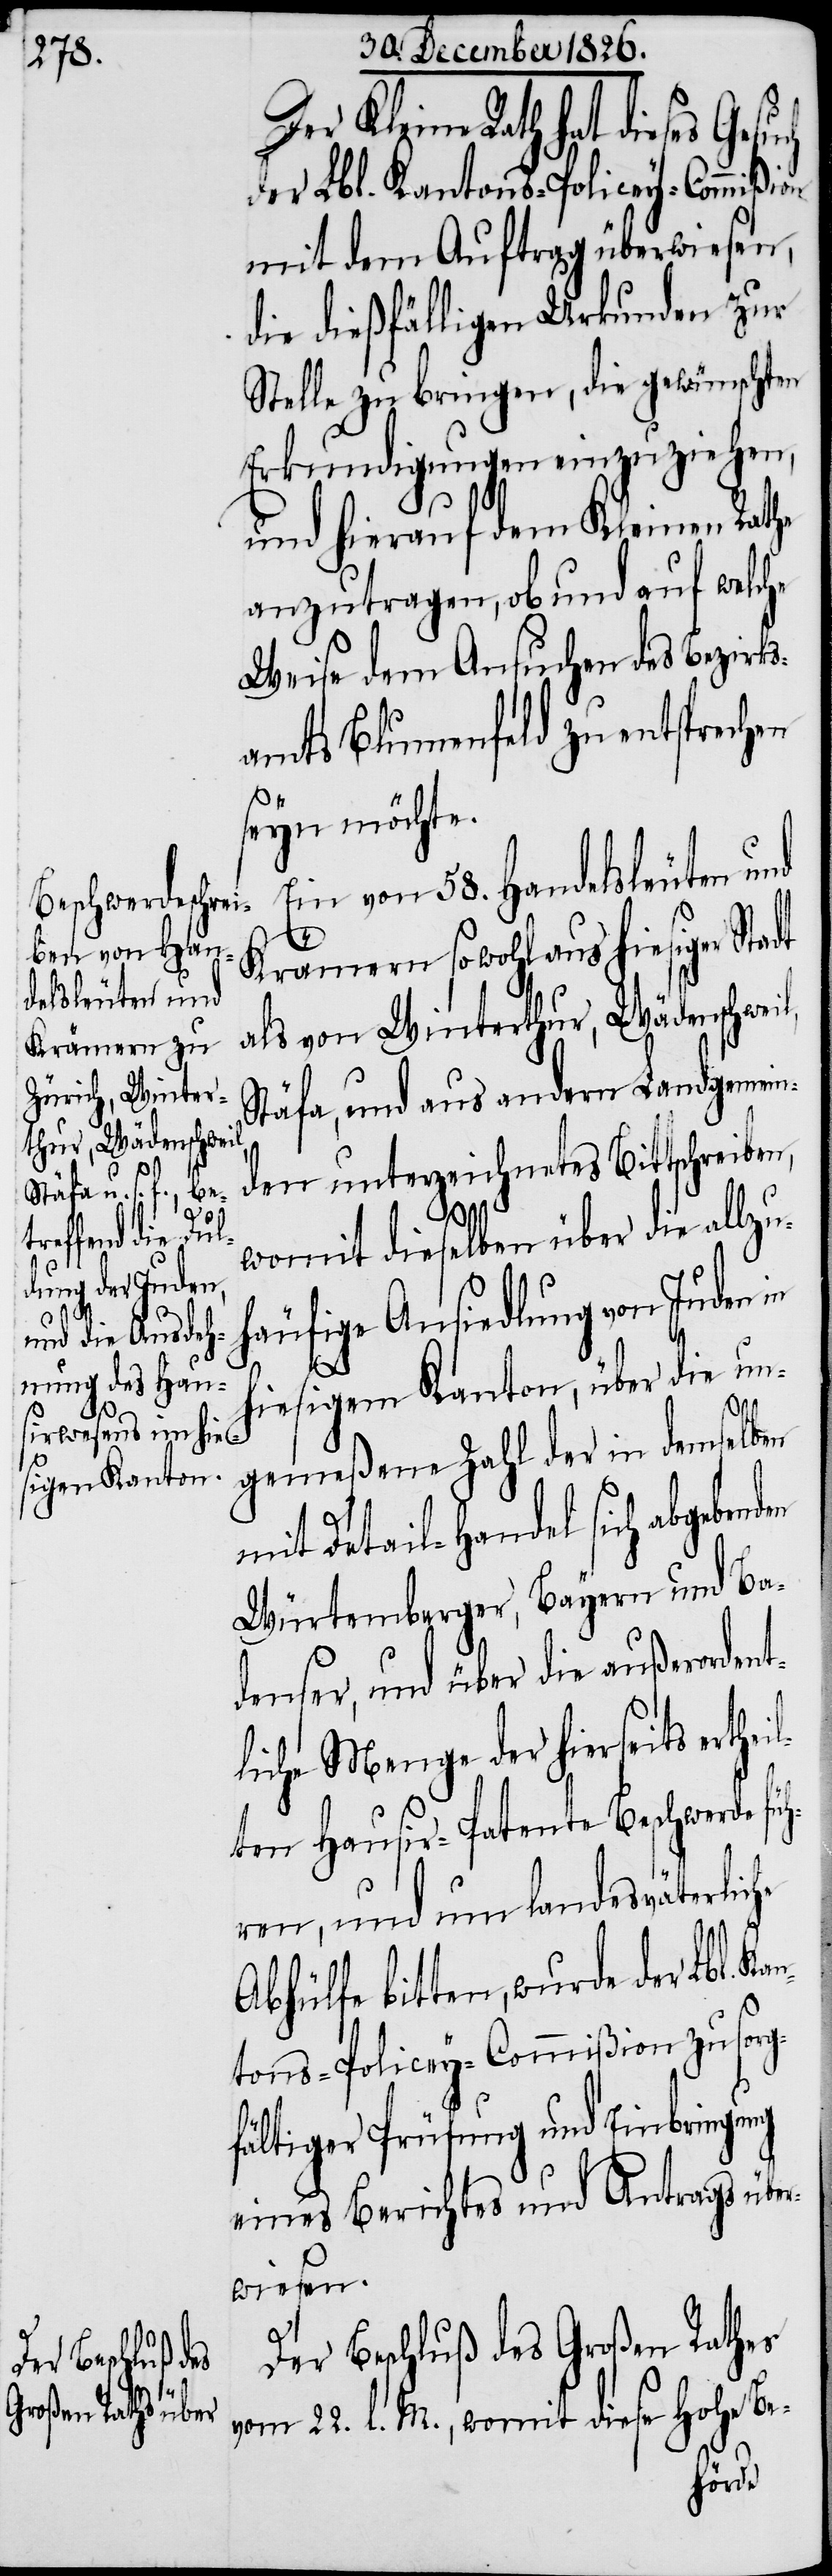
l,

Der Kleine Rath hat dieses Gesu¬
der Lbl. Kantons-Policey-Commißion
mit dem Auftrag überwiesen,
die dießfälligen Urkunden zur
Stelle zu bringen, die gewünschten
Erkundigungen einzuziehen,
und hierauf dem Kleinen Rathe
anzutragen, ob und auf welche
Weise dem Ansuchen des Bezirks¬
amts Blumenfeld zu entsprechen
seyn möchte.
Ein von 58. Handelsleuten und
Krämern sowohl aus hiesiger St¬
als von Winterthur, Wädenschwei¬
Stäfa, und aus andern Landgemein¬
den unterzeichnetes Bittschreiben,
womit dieselben über die allzu¬
häufige Ansiedlung von Juden in
hiesigem Kanton, über die un¬
an¬
gemeßene Zahl der in demselben
mit Detail-Handel sich abgebenden
Würtemberger, Bayern und Ba¬
denser, und über die außerordent¬
liche Menge der hierseits erthei¬
lten Hausir-Patente Beschwerde füh¬
ren, und um landesväterliche
Abhülfe bitten, wurde der Lbl. K¬
tons-Policey-Commißion zu sorg¬
fältiger Prüfung und Einbringung
eines Berichtes und Antrags über¬
wiesen.
Der Beschluß des Großen Rathes
vom 22. d. M., womit diese hohe Be-